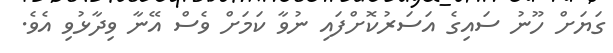
ގަޔަށް ހޫނު ސައިގެ އަސަރުކޮށްފައި ނުވާ ކަމަށް ވެސް އޭނާ ވިދާޅުވި އެވެ.